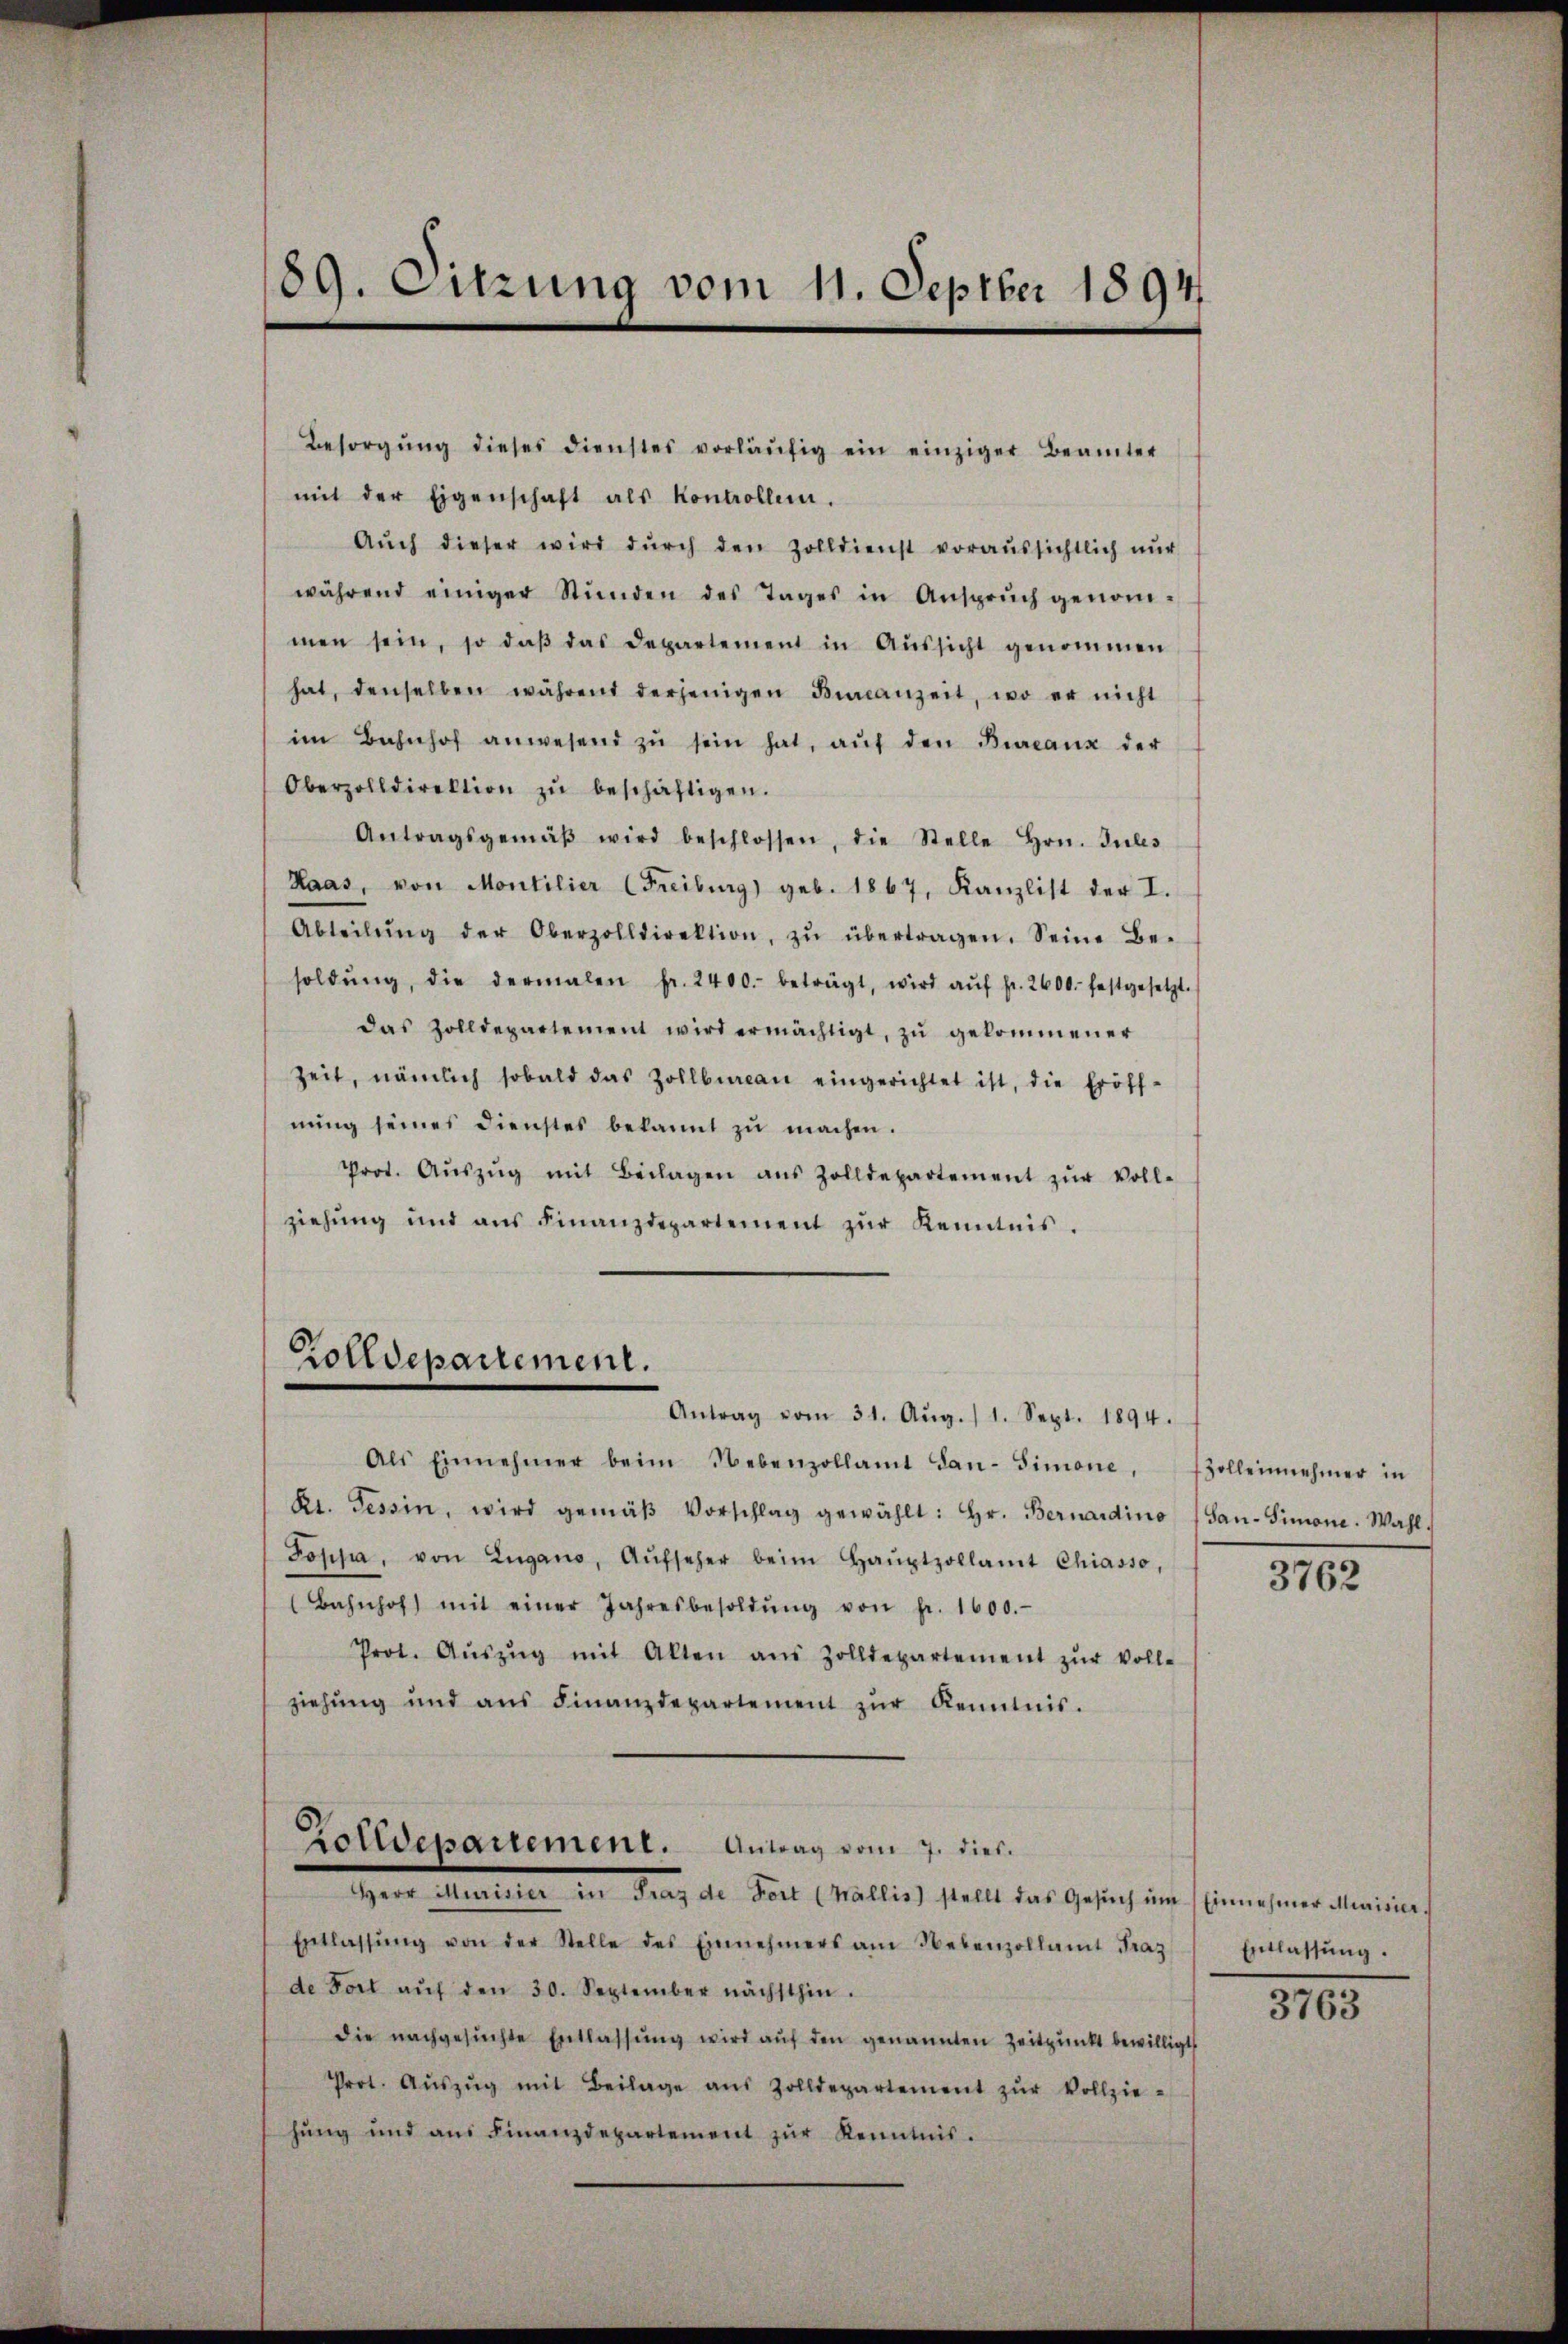
89. Sitzung vom 11. Septber 1894.

Besorgŭng dieses dienstes vorläŭfig ein einziger Beamter
mit der Eigenschaft als Kontrollen.
Aŭch dieser wird dŭrch den Zolldienst voraussichtlich nŭr
während einiger Stŭnden des Tages in Ansprŭch genom-
men sein, so daβ das Departement in Aŭssicht genommen
hat, denselben während derjenigen Finanzeit, wo er nicht
im Bahnhof anwesend zŭ sein hat, aŭf den Bureaux der
Oberzolldirektion zŭ beschäftigen.
Antragsgemäβ wird beschlossen, die Stelle Hrn. Intes
Haas, von Montilier (Freiburg) geb. 1867, Kanzlist der I.
Abteilŭng der Oberzolldirektion, zŭ übertragen. Seine Be-
soldŭng, die dermalen fr. 2400. beträgt, wird aŭf fr. 2600. festgesetzt.
das Zolldepartement wird ermächtigt, zŭ gekommener
Zeit, nämlich sobald das Zollbüreau eingerichtet ist, die Eröff-
nŭng seines Dienstes bekannt zŭ machen.
Prot. Aŭszŭg mit Beilagen aus Zolldepartement zŭr Voll-
ziehŭng und ans Finanzdepartement zŭr Kenntnis.

Zolldepartement.
Antrag vom 31. Aŭg. 11. Sept. 1894.

Als Einnehmer beim Nebenzollamt Lan-Simone, solleinehmer in
Kt. Tessin, wird gemäβ Vorschlag gewählt: Hr. Bernardino (San-Simone. Wahl.
Poppa, von Zugano, Aŭfseher beim Haŭptzollamt Chiasso,
(Bahnhof mit einer Jahresbesoldŭng von fr. 1600.
Prot. Aŭszŭg mit Alten aus Zolldepartement zŭr voll-
ziehung und ans Finanzdepartement zŭr Kenntnis.
Zolldepartement. Antrag vom 7. dies
Herr Marielle den Tanz der Fall (Ballich stellt das Gesich und Einwesener Meines
Entlassŭng von der Stelle des Einnehmers am Nebenzollamt Fraz
de Fort aŭf den 30. September nächsthin.
die nachgesŭchte Entlassŭng wird aŭf den genannten Zeitpunkt bewilligt
Prot. Aŭszŭg mit Beilage aus Zolldepartement zŭr Vollzie-
hung und aŭs Finanzdepartement zŭr Kenntnis.

3762

Entlassung.

3763